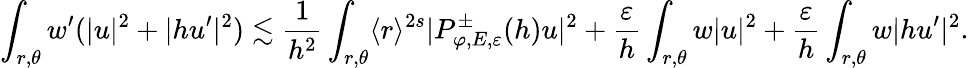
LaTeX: \int_{r,\theta}w^{\prime}(|u|^{2}+|hu^{\prime}|^{2})\lesssim\frac{1}{h^{2}}\int_{r,\theta}\langle r\rangle^{2s}|P_{\varphi,E,\varepsilon}^{\pm}(h)u|^{2}+\frac{\varepsilon}{h}\int_{r,\theta}w|u|^{2}+\frac{\varepsilon}{h}\int_{r,\theta}w|hu^{\prime}|^{2}.